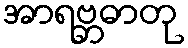
အာရဗ္ဘဓာတု